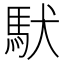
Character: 䭾